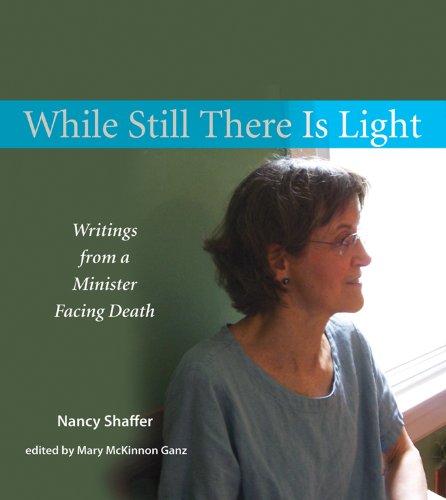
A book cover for While Still There Is Light: Writings from a Minister Facing Death; Nancy Shaffer; Religion & Spirituality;